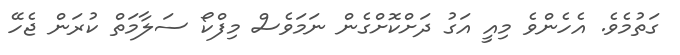
ގަތުމެވެ. އެހެންވެ މިއީ އަގު ދަށްކޮށްގެން ނަމަވެސް މިފްކޯ ސަލާމަތް ކުރަން ޖެހޭ